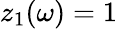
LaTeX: z_{1}(\omega)=1